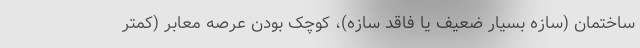
ساختمان (سازه بسیار ضعیف یا فاقد سازه)، کوچک بودن عرصه معابر (کمتر